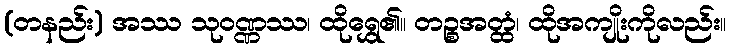
(တနည်း) အဿ သုဝဏ္ဏဿ၊ ထိုရွှေ၏။ တဉ္စအတ္ထံ၊ ထိုအကျိုးကိုလည်း။